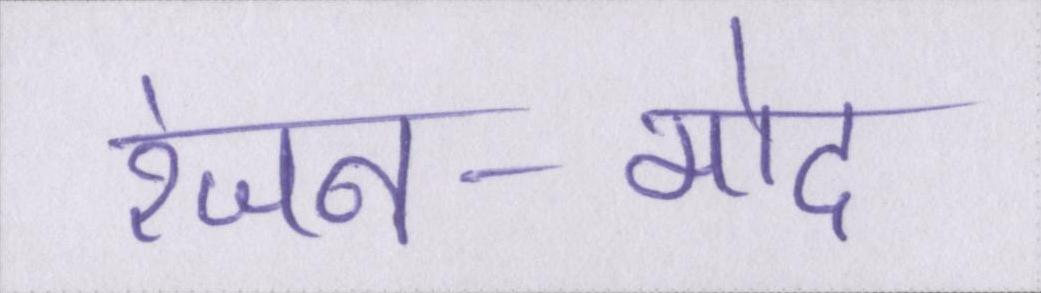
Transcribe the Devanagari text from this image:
रंजन-मोद